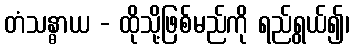
တံသန္ဓာယ - ထိုသို့ဖြစ်မည်ကို ရည်ရွယ်၍၊